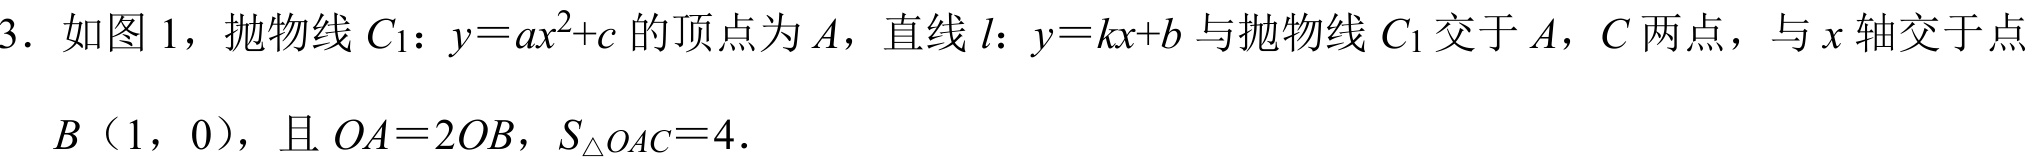
3. 如图1，抛物线$C_{1}$：$y = ax^{2}+c$的顶点为$A$，直线$l$：$y = kx + b$与抛物线$C_{1}$交于$A$，$C$两点，与$x$轴交于点$B（1，0）$，且$OA = 2OB$，$S_{\triangle OAC}=4$.